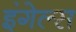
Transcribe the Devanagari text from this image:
इंगेल्स